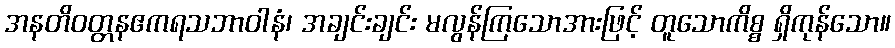
အနတိဝတ္တနဧကရသဘာဝါနံ၊ အချင်းချင်း မလွန်ကြသောအားဖြင့် တူသောကိစ္စ ရှိကုန်သော။